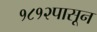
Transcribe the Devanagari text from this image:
१८१२पासून